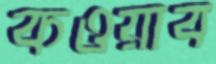
কওয়াব